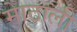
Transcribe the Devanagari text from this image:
माेठाली